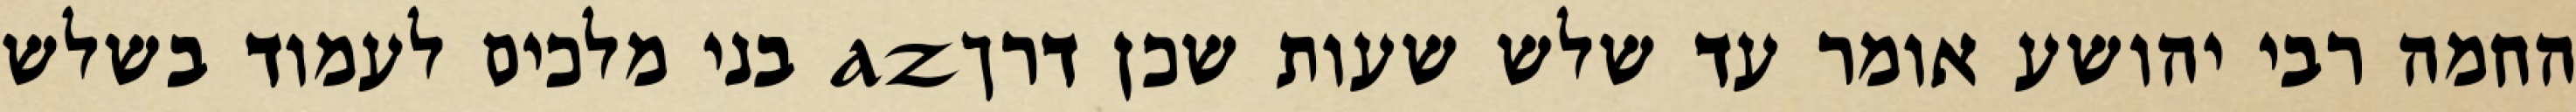
החמה רבי יהושע אומר עד שלש שעות שכן דרךaz בני מלכים לעמוד בשלש